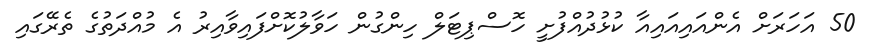
50 އަހަރަށް އެންއައިއައިއާ ކުޅުދުއްފުށީ ހޮސްޕިޓަލް ހިންގުން ހަވާލުކޮށްފައިވާއިރު އެ މުއްދަތުގެ ތެރޭގައި